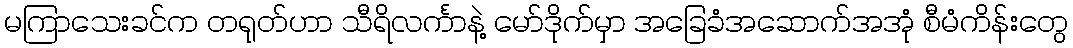
မကြာသေးခင်က တရုတ်ဟာ သီရိလင်္ကာနဲ့ မော်ဒိုက်မှာ အခြေခံအဆောက်အအုံ စီမံကိန်းတွေ